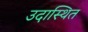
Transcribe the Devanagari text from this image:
उदास्थित